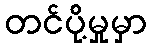
တင်ပို့မှုမှာ